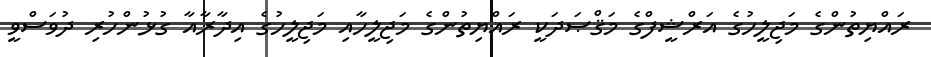
ރައްޔިތުންގެ މަޖިލީހުގެ އަރްޝީފްގެ މަޤްޞަދަކީ ރައްޔިތުންގެ މަޖިލީހާއި މަޖިލީހުގެ އިދާރާއާ ގުޅުންހުރި ދުވަސްވީ